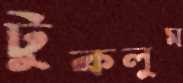
টুকলুম